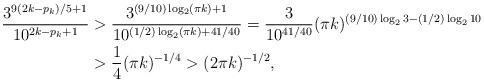
LaTeX: \begin{align*}\frac{3^{9(2k-p_k)/5+1}}{10^{2k-p_k+1}}& > \frac{3^{(9/10)\log_2(\pi k)+1}}{10^{(1/2)\log_2(\pi k)+41/40}}= \frac{3}{10^{41/40}} (\pi k)^{(9/10)\log_2 3 - (1/2)\log_2 10} \\& > \frac{1}{4} (\pi k)^{-1/4} > (2\pi k)^{-1/2},\end{align*}